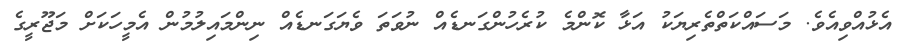
އެޅުއްވިއެވެ. މަސައްކަތްތެރިޔަކު އަޅާ ކޮންމެ ކުރެހުންގަނޑެއް ނުވަތަ ވެޔަގަނޑެއް ނިންމައިލުމުން އެމީހަކަށް މަޖޫރީގެ